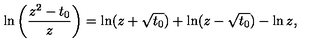
\ln \left( \frac { z ^ { 2 } - t _ { 0 } } { z } \right) = \ln ( z + \sqrt { t _ { 0 } } ) + \ln ( z - \sqrt { t _ { 0 } } ) - \ln z ,